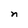
Character: n